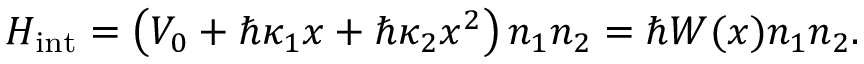
H _ { \mathrm { i n t } } = \left( V _ { 0 } + \hbar \kappa _ { 1 } x + \hbar \kappa _ { 2 } x ^ { 2 } \right) n _ { 1 } n _ { 2 } = \hbar W ( x ) n _ { 1 } n _ { 2 } .